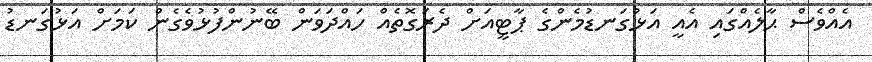
އެއްވެސް ޙާލެއްގައި އެއީ އަޅުގަނޑުމެންގެ ޕާޓީއަށް ދެރަގޮތެއް ހައްދަވަން ބޭނުންފުޅުވެގެން ކަމަށް އަޅުގަނޑު